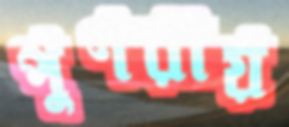
পুণরায়